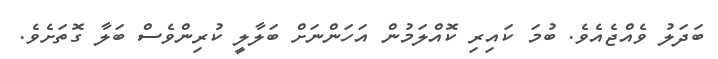
ބަދަލު ވެއްޖެއެވެ. ބުމަ ކައިރި ކޮއްލަމުން އަހަންނަށް ބަލާލީ ކުރިންވެސް ބަލާ ގޮތަށެވެ.